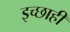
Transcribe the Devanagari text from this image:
इच्छाही